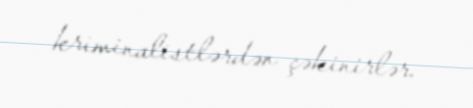
kriminalistlərdən çəkinirlər.